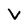
Character: v